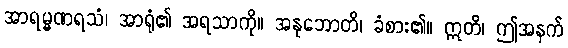
အာရမ္မဏရသံ၊ အာရုံ၏ အရသာကို။ အနုဘောတိ၊ ခံစား၏။ ဣတိ၊ ဤအနက်